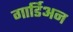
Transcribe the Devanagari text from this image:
गार्डिअन